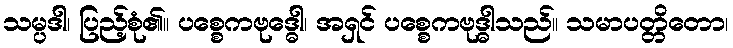
သမ္ပဒါ၊ ပြည့်စုံ၏။ ပစ္စေကဗုဒ္ဓေါ၊ အရှင် ပစ္စေကဗုဒ္ဓါသည်။ သမာပတ္တိတော၊